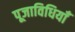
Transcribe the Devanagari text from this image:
पूजाविधियाँ